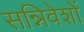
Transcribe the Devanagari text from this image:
सन्निवेशों